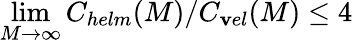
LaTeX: \operatorname*{lim}_{M\rightarrow\infty}C_{helm}(M)/C_{\mathbf{v}el}(M)\leq4